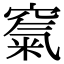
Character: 𥧔